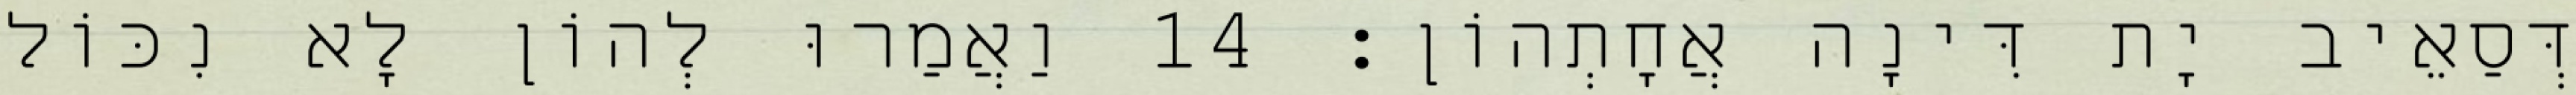
דְּסַאֵיב יָת דִּינָה אֲחָתְהוֹן׃ 14 וַאֲמַרוּ לְהוֹן לָא נִכּוֹל